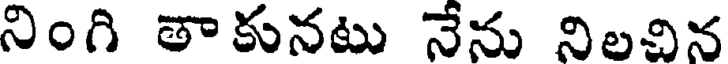
నింగి తా కునటు నేను నిలచిన